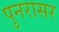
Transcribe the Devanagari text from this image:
पुनरासर